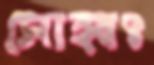
সোহ্বৎ